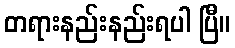
တရားနည်းနည်းရပါ ပြီ။